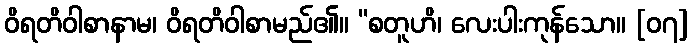
ဝိရတိဝါစာနာမ၊ ဝိရတိဝါစာမည်၏။ “စတူဟိ၊ လေးပါးကုန်သော။ [၀၇]